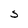
Character: S